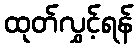
ထုတ်လွှင့်ရန်